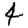
Digit: 4